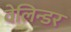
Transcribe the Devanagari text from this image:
वेलिन्डर